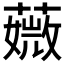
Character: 𦾡